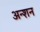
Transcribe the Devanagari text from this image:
अन्शन